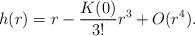
LaTeX: \begin{align*}h(r) = r - \frac{K(0)}{3!}r^3 + O(r^4).\end{align*}